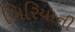
બિરિયાની